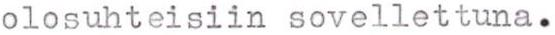
olosuhteisiin sovellettuna.